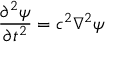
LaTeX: { \frac { \partial ^ { 2 } \psi } { \partial t ^ { 2 } } } = c ^ { 2 } \nabla ^ { 2 } \psi